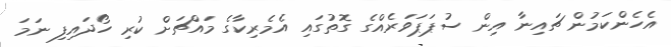
އެހެންކަމުން ޗައިނާ އިން ސުޕަޕަވަރެއްގެ ގޮތުގައި އެމެރިކާގެ މައްޗަށް ކުރި ހޯދައިފި ނަމަ